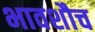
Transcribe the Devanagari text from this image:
भावशौच